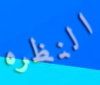
النظره